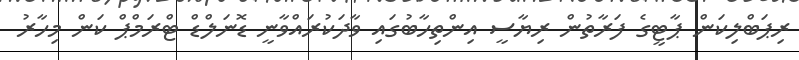
ރިޕަބްލިކަން ޕާޓީގެ ފަރާތުން ރިޔާސީ އިންތިހާބުގައި ވާދަކުރައްވާނީ ޑޮނަލްޑް ޓްރަމްޕް ކަން މިހާރު